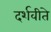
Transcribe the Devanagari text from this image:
दर्शवीते